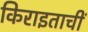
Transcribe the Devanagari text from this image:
किराइताचीं